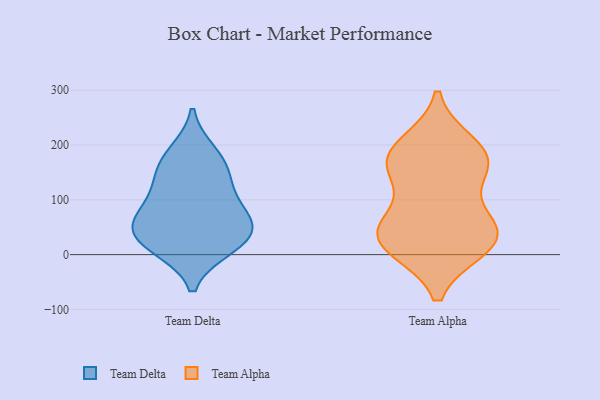
{"axis": {"x": "Energy Usage (MWh)", "y": "Value"}, "legend": ["Team Alpha", "Team Delta"], "data": [{"x": "", "y": 41, "type": "Team Delta"}, {"x": "", "y": 43, "type": "Team Delta"}, {"x": "", "y": 141, "type": "Team Delta"}, {"x": "", "y": 59, "type": "Team Delta"}, {"x": "", "y": 185, "type": "Team Delta"}, {"x": "", "y": 161, "type": "Team Delta"}, {"x": "", "y": 77, "type": "Team Delta"}, {"x": "", "y": 14, "type": "Team Delta"}, {"x": "", "y": 19, "type": "Team Delta"}, {"x": "", "y": 103, "type": "Team Delta"}, {"x": "", "y": 200, "type": "Team Alpha"}, {"x": "", "y": 169, "type": "Team Alpha"}, {"x": "", "y": 52, "type": "Team Alpha"}, {"x": "", "y": 14, "type": "Team Alpha"}, {"x": "", "y": 44, "type": "Team Alpha"}, {"x": "", "y": 182, "type": "Team Alpha"}, {"x": "", "y": 54, "type": "Team Alpha"}, {"x": "", "y": 152, "type": "Team Alpha"}, {"x": "", "y": 30, "type": "Team Alpha"}, {"x": "", "y": 163, "type": "Team Alpha"}, {"x": "", "y": 14, "type": "Team Alpha"}]}